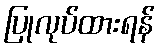
ပြုလုပ်ထားရန်